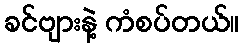
ခင်ဗျားနဲ့ ကံစပ်တယ်။